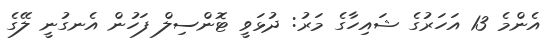
އެންމެ 13 އަހަރުގެ ޝައިހާގެ މަރު: ދުޅަވީ ޓޮންސިލް ފަހުން އެނގުނީ ލޭގެ